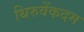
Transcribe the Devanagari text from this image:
थिरुवेंकदम